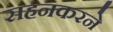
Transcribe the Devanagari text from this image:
सहनकरने